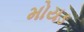
મોયડ